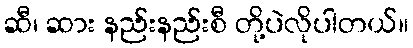
ဆီ၊ ဆား နည်းနည်းစီ တို့ပဲလိုပါတယ်။